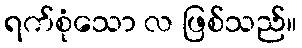
ရက်စုံသော လ ဖြစ်သည်။